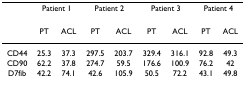
<table><thead><tr><td></td><td colspan="2"><b>Patient 1</b></td><td colspan="2"><b>Patient 2</b></td><td colspan="2"><b>Patient 3</b></td><td colspan="2"><b>Patient 4</b></td></tr></thead><tbody><tr><td></td><td>PT</td><td>ACL</td><td>PT</td><td>ACL</td><td>PT</td><td>ACL</td><td>PT</td><td>ACL</td></tr><tr><td>CD44</td><td>25.3</td><td>37.3</td><td>297.5</td><td>203.7</td><td>329.4</td><td>316.1</td><td>92.8</td><td>49.3</td></tr><tr><td>CD90</td><td>62.2</td><td>37.8</td><td>274.7</td><td>59.5</td><td>176.6</td><td>100.9</td><td>76.2</td><td>42</td></tr><tr><td>D7fib</td><td>42.2</td><td>74.1</td><td>42.6</td><td>105.9</td><td>50.5</td><td>72.2</td><td>43.1</td><td>49.8</td></tr></tbody></table>